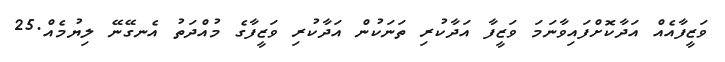
ވަޒީފާއެއް އަދާކޮށްފައިވާނަމަ ވަޒީފާ އަދާކުރި ތަނަކުން އަދާކުރި ވަޒީފާގެ މުއްދަތު އެނގޭނޭ ލިޔުމެއް.25